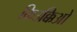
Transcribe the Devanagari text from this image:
किउक्किओ